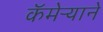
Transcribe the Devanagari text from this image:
कॅमेऱ्याने